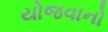
યોજવાનો